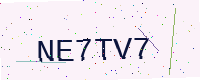
Text: NE7TV7